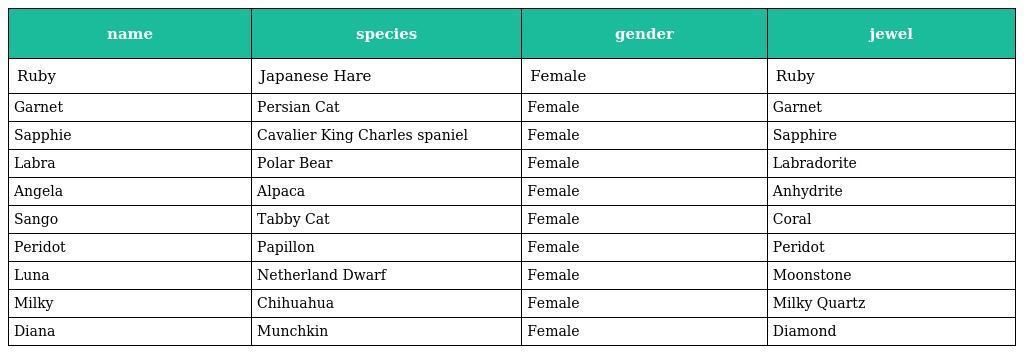
| name | species | gender | jewel |
 | --- | --- | --- | --- |
 | Ruby | Japanese Hare | Female | Ruby |
 | Garnet | Persian Cat | Female | Garnet |
 | Sapphie | Cavalier King Charles spaniel | Female | Sapphire |
 | Labra | Polar Bear | Female | Labradorite |
 | Angela | Alpaca | Female | Anhydrite |
 | Sango | Tabby Cat | Female | Coral |
 | Peridot | Papillon | Female | Peridot |
 | Luna | Netherland Dwarf | Female | Moonstone |
 | Milky | Chihuahua | Female | Milky Quartz |
 | Diana | Munchkin | Female | Diamond |